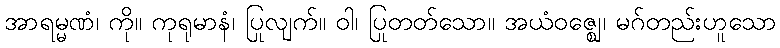
အာရမ္မဏံ၊ ကို။ ကုရုမာနံ၊ ပြုလျက်။ ဝါ၊ ပြုတတ်သော။ အယံဝဇ္ဈေ၊ မဂ်တည်းဟူသော